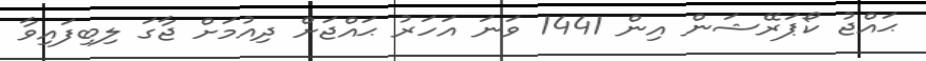
ޙައްޖު ކޯޕަރޭޝަން އިން 1441 ވަނަ އަހަރު ޙައްޖަށް ދިއުމަށް ޖާގަ ލިބިފައިވާ